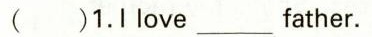
( )1.I love_father.